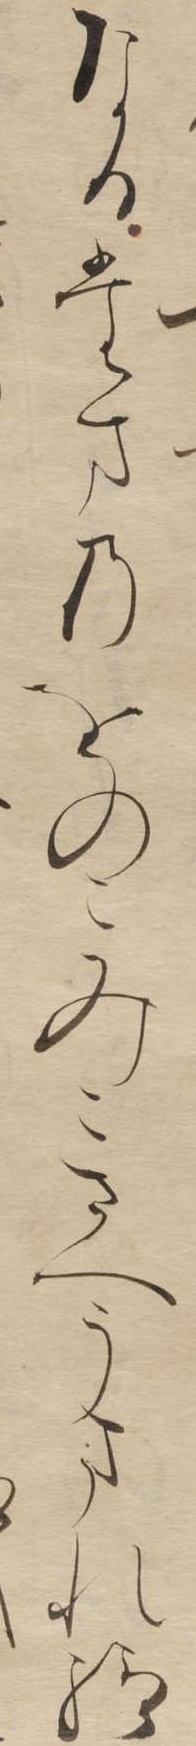
なるたまのをのこみこさへうまれ給